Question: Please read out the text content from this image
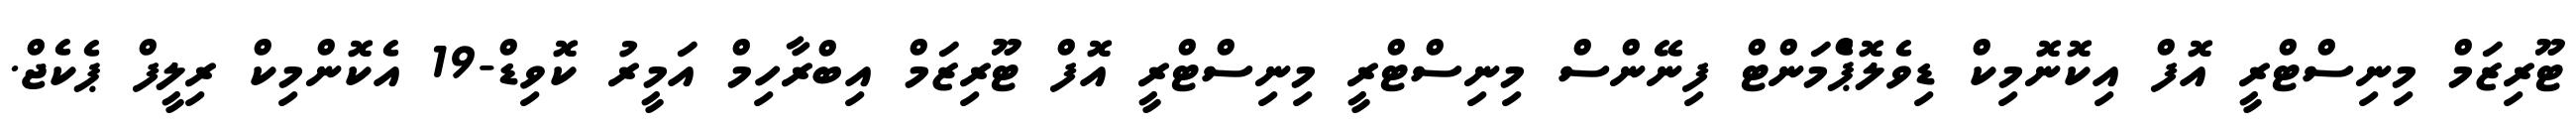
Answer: ޓޫރިޒަމް މިނިސްޓްރީ އޮފް އިކޮނޮމިކް ޑިވެލޮޕްެމަންޓް ފިނޭންސް މިނިސްޓްރީ މިނިސްޓްރީ އޮފް ޓޫރިޒަމް އިބްރާހިމް އަމީރު ކޮވިޑް-19 އެކޮންމިކް ރިލީފް ޕެކެޖް.